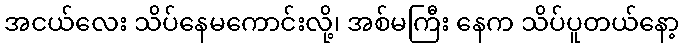
အငယ်လေး သိပ်နေမကောင်းလို့၊ အစ်မကြီး နေက သိပ်ပူတယ်နော့